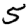
Digit: 5